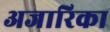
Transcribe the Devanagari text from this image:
अजारिका